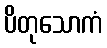
ပိတုသောကံ